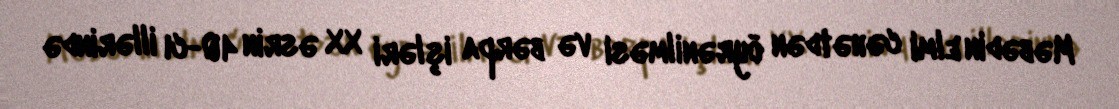
Məbədin elmi cəhətdən öyrənilməsi və bərpa işləri XX əsrin 40-cı illərində